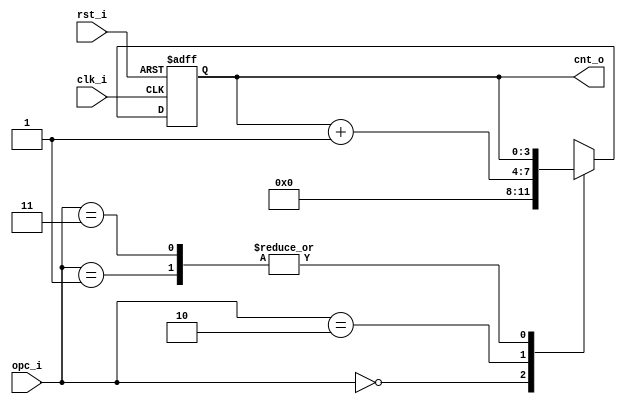
// Name: counter_rx.v
//
// Description: Contador para llevar registro de los bits recibidos.

module counter_rx #(
  parameter Width = 4
) (
  input               rst_i,
  input               clk_i,
  input        [1:0]  opc_i,
  output [Width-1:0]  cnt_o
);

  reg [Width-1:0] mux_d, reg_q;

  always @(opc_i, reg_q) begin
    case (opc_i)
      2'b00 : mux_d = 0;
      2'b01 : mux_d = reg_q;
      2'b10 : mux_d = reg_q + 1;
      2'b11 : mux_d = reg_q;
      default : mux_d = 0;
    endcase
  end

  always @(posedge clk_i, posedge rst_i) begin
    if (rst_i)
      reg_q <= 0;
    else
      reg_q <= mux_d;
  end

  assign cnt_o = reg_q;

endmodule